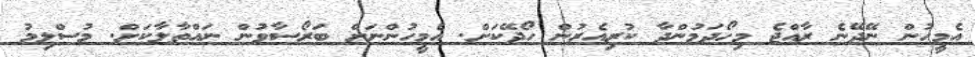
އެމީހުން ނޭދޭނެ ރާއްޖެ މިހޯދަމުންދާ ކުރިއެރުން ހޯދޭކަށް. އެމީހުންނަށް ބަރޯސާވުން ނައްތާލާކަށް. މުސްލިމު